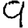
Digit: 9